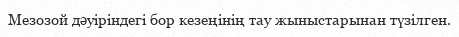
Мезозой дәуіріндегі бор кезеңінің тау жыныстарынан түзілген.